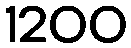
1200